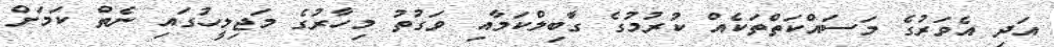
އަދި އެވަރުގެ މަސައްކަތްތަކެއް ކުރުމުގެ ގާބިލްކަމާއި ވަގުތު މިހާރުގެ މަޖިލީހުގައި ނެތް ކަމަށް